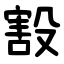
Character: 㲅